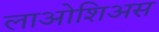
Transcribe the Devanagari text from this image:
लाओशिअस